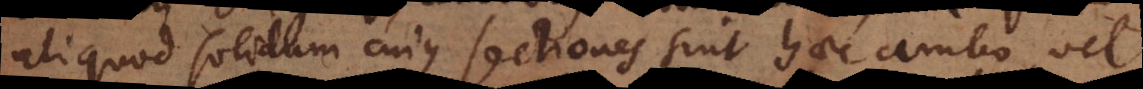
aliquod solidum cujus sectiones sint haec ambo, vel